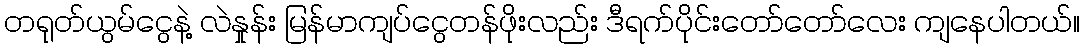
တရုတ်ယွမ်ငွေနဲ့ လဲနှုန်း မြန်မာကျပ်ငွေတန်ဖိုးလည်း ဒီရက်ပိုင်းတော်တော်လေး ကျနေပါတယ်။